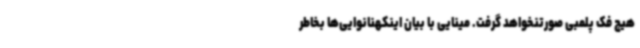
هیچ فک پلمبی صورتنخواهد گرفت. مینایی با بیان اینکهنانوایی‌ها بخاطر